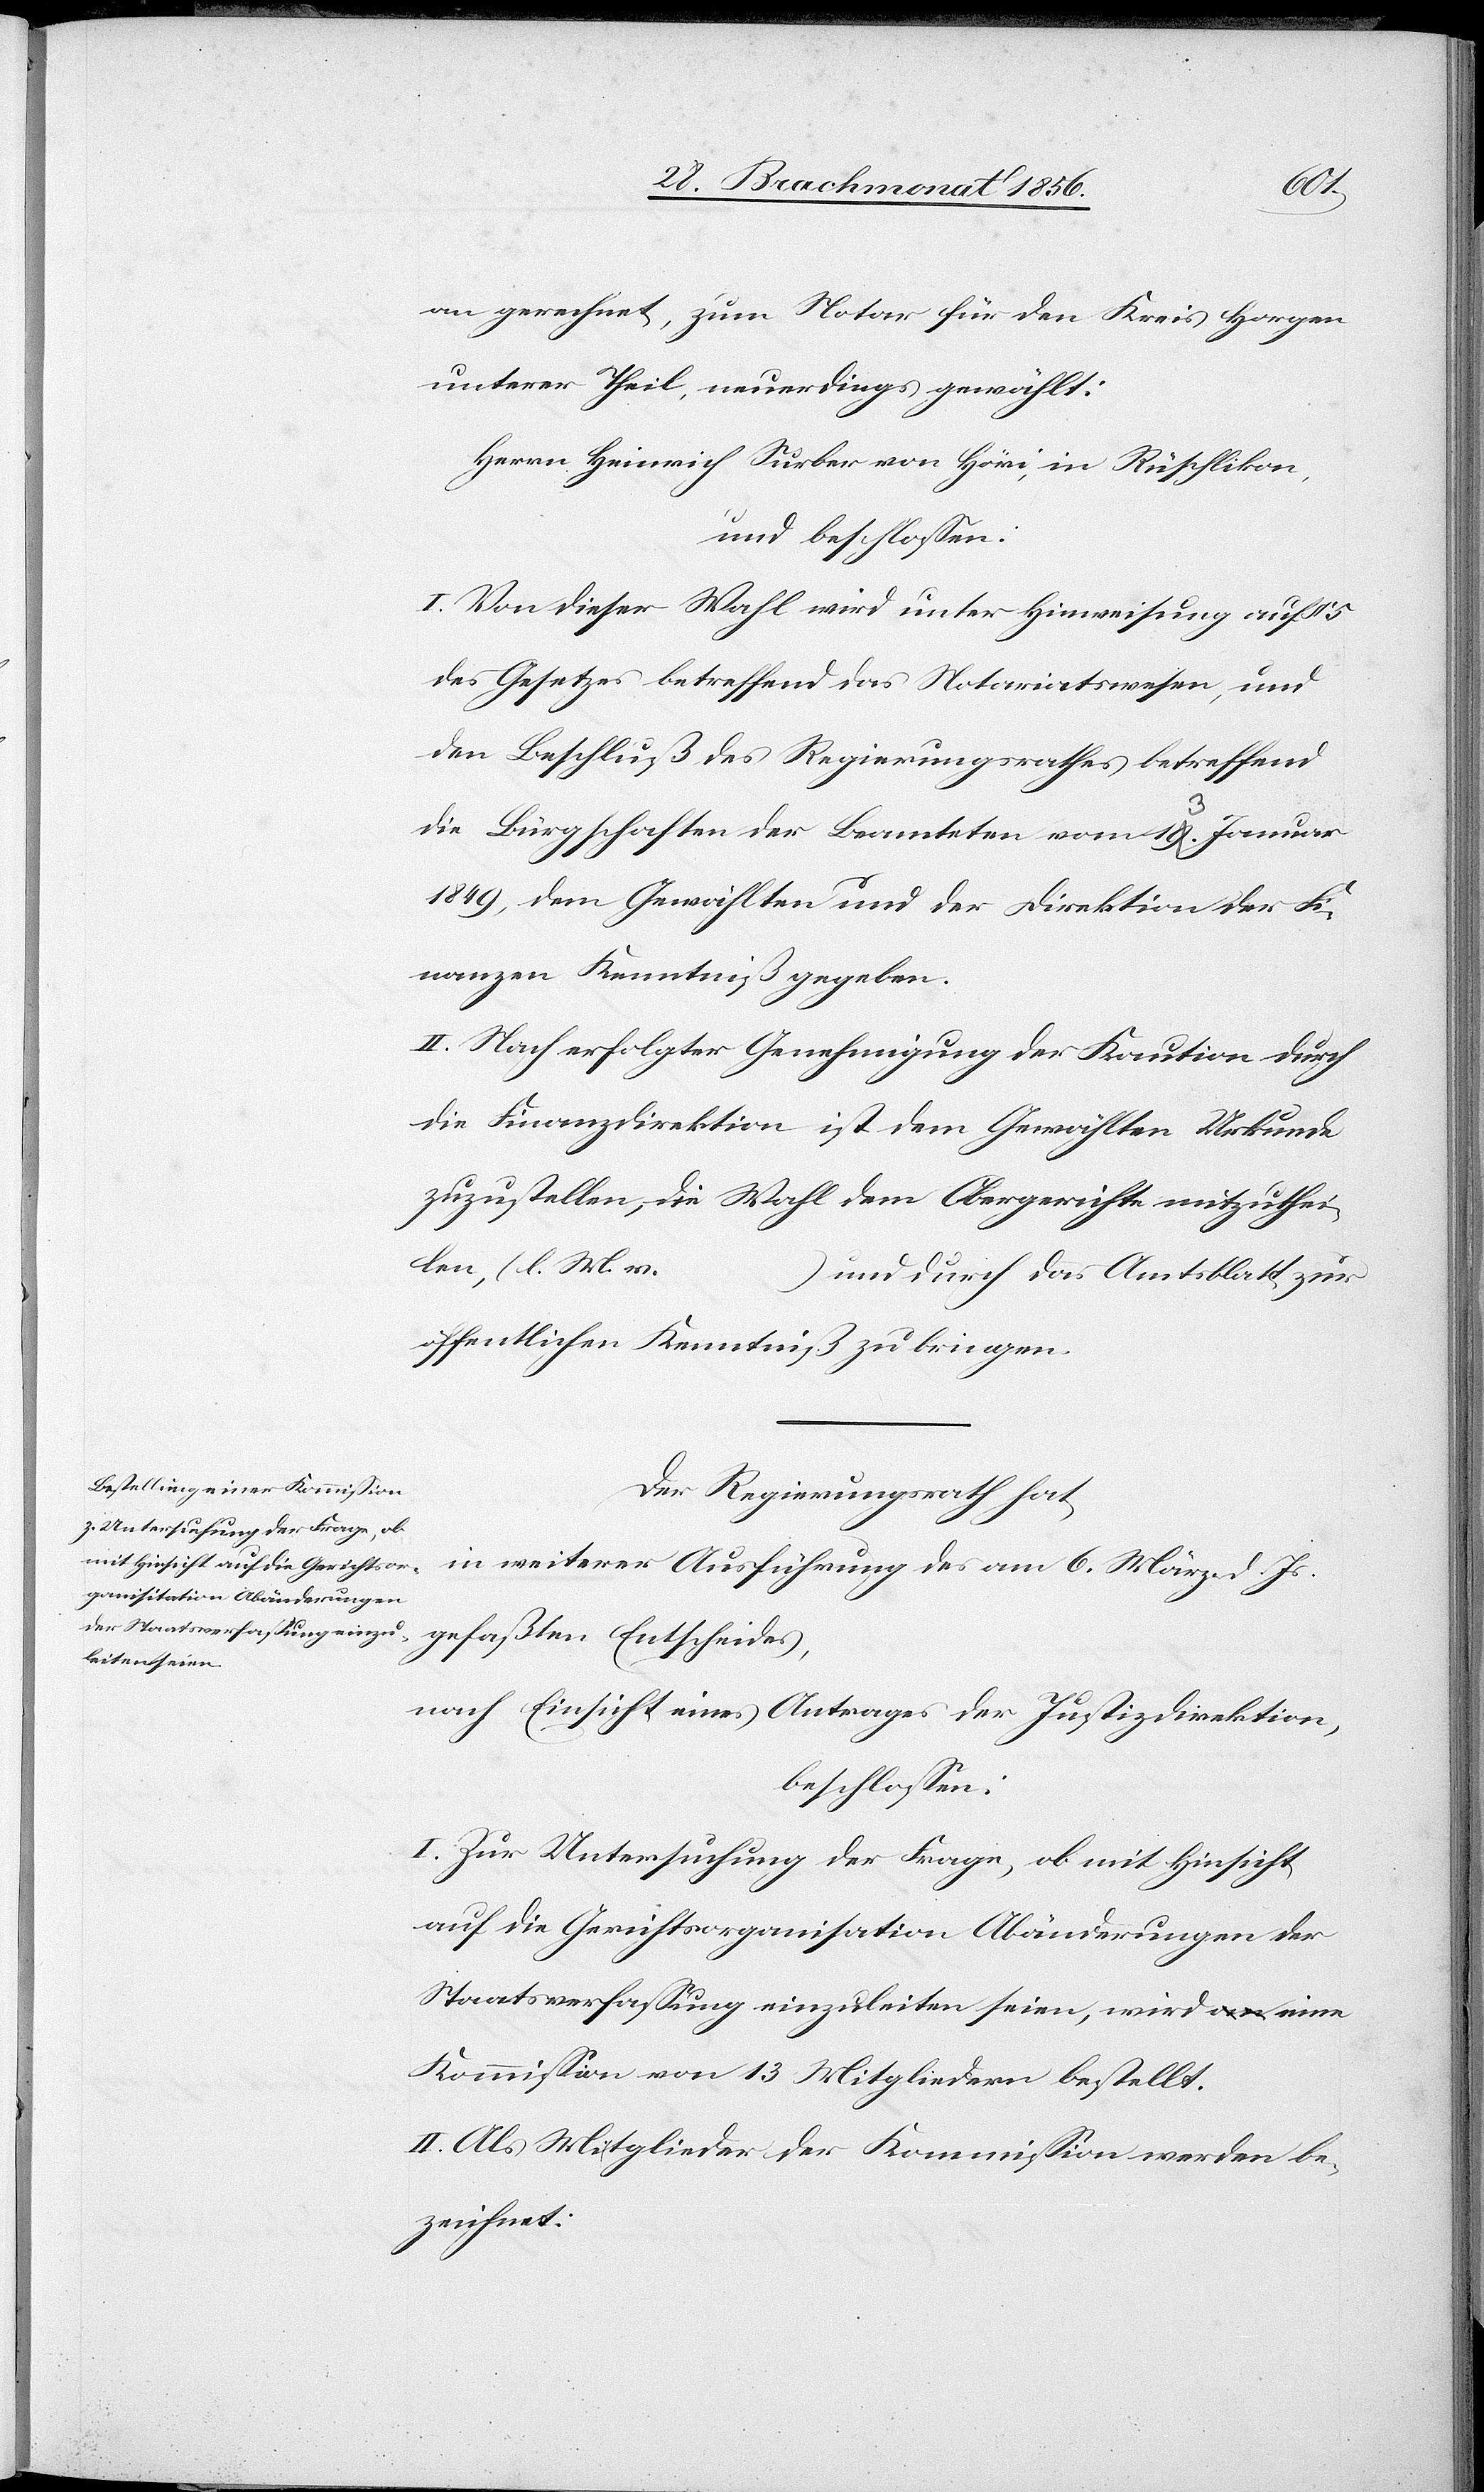
an gerechnet, zum Notar für den Kreis Horgen
unterer Theil, neuerdings gewählt:
Herrn Heinrich Surber von Höri, in Rüschlikon,
und beschlossen:
I. Von dieser Wahl wird unter Hinweisung auf § 5
des Gesetzes betreffend das Notariatswesen, und
den Beschluß des Regierungsrathes betreffend
die Bürgschaften der Beamteten vom a-19. 13.-a Januar
1849, dem Gewählten und der Direktion der Fi¬
nanzen Kenntniß zu geben.
II. Nach erfolgter Genehmigung der Kaution durch
die Finanzdirektion ist dem Gewählten Urkunde
zuzustellen, die Wahl dem Obergerichte mitzuthei¬
len, (l. M. v.
…) und durch das Amtsblatt zur
öffentlichen Kenntniß zu bringen.
Der Regierungsrath hat,
in weiterer Ausführung des am 6. März d. Js.
gefaßten Entscheides,
nach Einsicht eines Antrages der Justizdirektion,
beschlossen:
I. Zur Untersuchung der Frage, ob mit Hinsicht
auf die Gerichtsorganisation Abänderungen der
Staatsverfassung einzuleiten seien, wird eine
Kommission von 13 Mitgliedern bestellt.
II. Als Mitglieder der Kommission werden be¬
zeichnet: